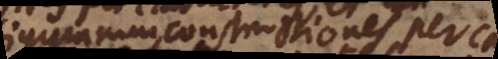
figurarum constructiones per